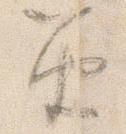
笛